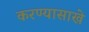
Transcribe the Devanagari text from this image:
करण्यासाखे